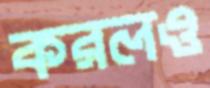
করলও